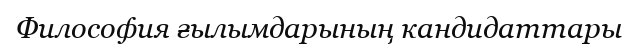
Философия ғылымдарының кандидаттары